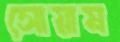
সোয়াম